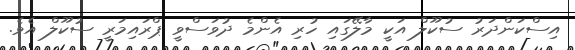
އިސްކަންދަރު ސުކޫލް އަކީ މާލޭގައި ހުރި އެންމެ ދުވަސްވީ ޕްރައިމަރީ ސުކޫލް އެވެ.